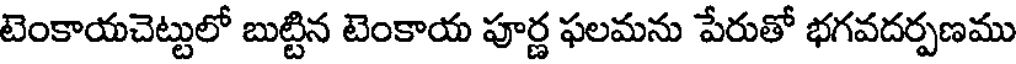
టెంకాయచెట్టులో బుట్టిన టెంకాయ పూర్ణ ఫలమను పేరుతో భగవదర్పణము